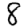
Digit: 8